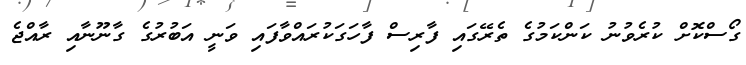
ގޯސްކޮށް ކުރެވުނު ކަންކަމުގެ ތެރޭގައި ފާރިސް ފާހަގަކުރައްވާފައި ވަނީ އަބުރުގެ ގާނޫނާއި ރާއްޖެ